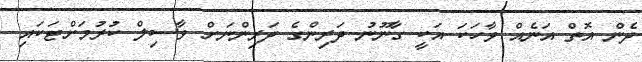
ދެން އޮތް އަނެއް ވާހަކަ އަކީ ގާނޫނު ދަރިންގެ ދަރިންނަށް ވާސިލް ކުރުމަށްޓަކައި